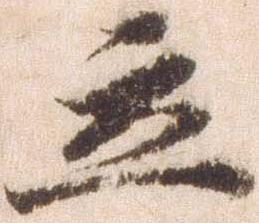
立